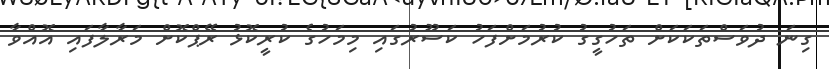
ގިނަ ދުވަސްތަކަކަށް ތަހުގީގު ކުރުމަށްފަހު ކަސޫރުގައި މިމަހުގެ ކުރީކޮޅު ރޭޕްކޮށް މަރާލާފައި އޮއްވާ